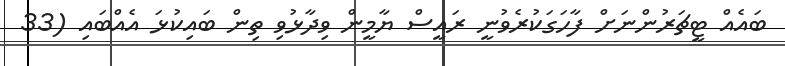
ބައެއް ޓީޗަރުންނަށް ފާހަގަކުރެވުނީ ރައީސް ޔާމީން ވިދާޅުވި ތިން ބައިކުޅަ އެއްބައި (33